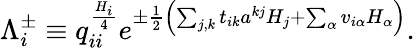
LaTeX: \Lambda_{i}^{\pm}\equiv q_{ii}^{\frac{H_{i}}{4}}e^{\pm{\frac{1}{2}}\left(\sum_{j,k}t_{ik}a^{kj}H_{j}+\sum_{\alpha}v_{i\alpha}H_{\alpha}\right)}.